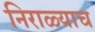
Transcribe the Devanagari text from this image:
निराळ्याच